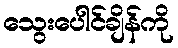
သွေးပေါင်ချိန်ကို